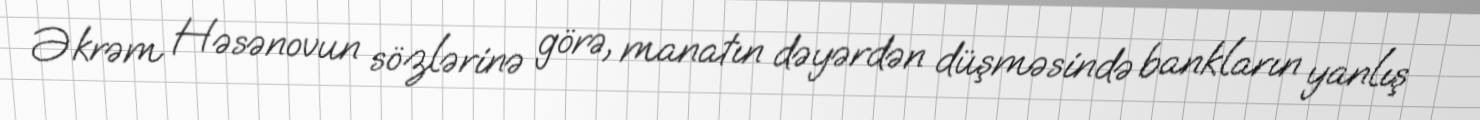
Əkrəm Həsənovun sözlərinə görə, manatın dəyərdən düşməsində bankların yanlış